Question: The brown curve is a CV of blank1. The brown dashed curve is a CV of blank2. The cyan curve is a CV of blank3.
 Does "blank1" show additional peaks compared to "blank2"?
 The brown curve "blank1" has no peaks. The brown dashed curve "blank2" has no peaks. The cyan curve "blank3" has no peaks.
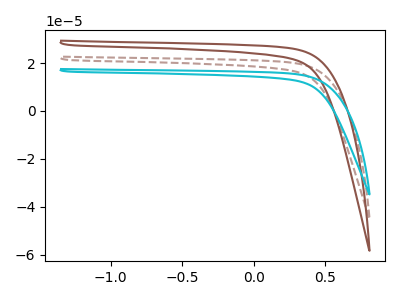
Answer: <think>Neither "blank1" or "blank2" have any peaks.
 </think>
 <answer>No, "blank1" and "blank2" don't appear to be significantly different in shape</answer>
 <eval>no_change</eval>